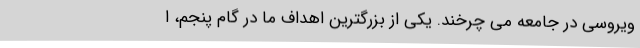
ویروسی در جامعه می چرخند. یکی از بزرگترین اهداف ما در گام پنجم، ا